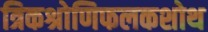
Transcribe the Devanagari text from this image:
त्रिकश्रोणिफलकशोथ